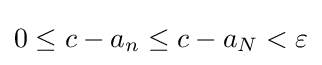
0\leq c-a_{n}\leq c-a_{N}<\varepsilon